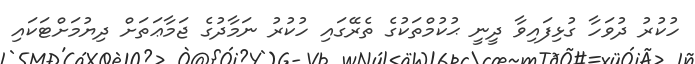
ހުކުރު ދުވަހާ ގުޅިފައިވާ ދީނީ ޙުކުމްތަކުގެ ތެރޭގައި ހުކުރު ނަމާދުގެ ޖަމާޢަތަށް ދިޔުމަށްޓަކައި